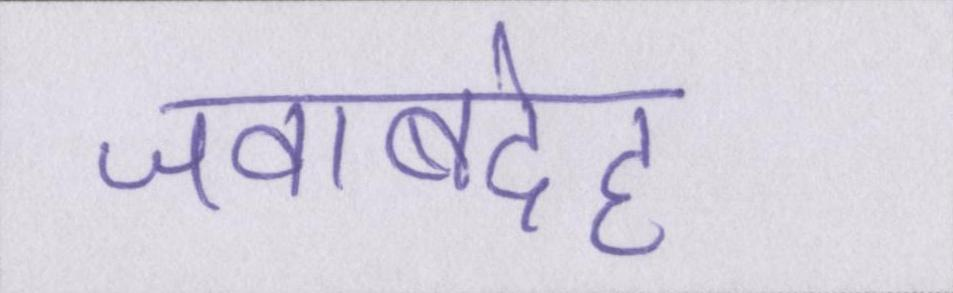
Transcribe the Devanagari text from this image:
जवाबदेह